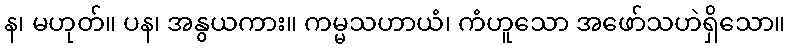
န၊ မဟုတ်။ ပန၊ အနွယကား။ ကမ္မသဟာယံ၊ ကံဟူသော အဖော်သဟဲရှိသော။